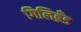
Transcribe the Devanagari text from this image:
गिलिब्रँड